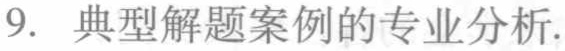
9. 典型解题案例的专业分析.